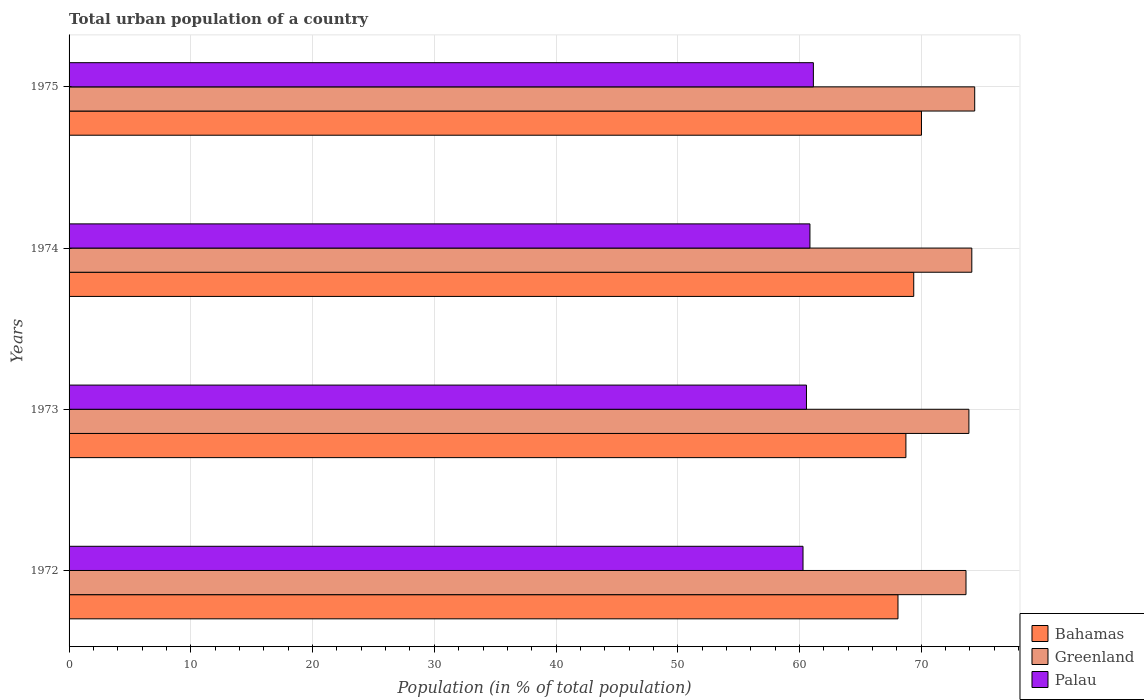
| Years | Bahamas | Greenland | Palau |
 | --- | --- | --- | --- |
 | 1972 | 68.1 | 73.7 | 60.3 |
 | 1973 | 68.7 | 73.9 | 60.6 |
 | 1974 | 69.4 | 74.2 | 60.9 |
 | 1975 | 70 | 74.4 | 61.1 |